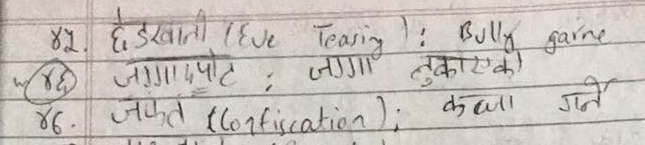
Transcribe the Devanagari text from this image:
४६ जग्‌गादपोट : जग्गा लुकाएको